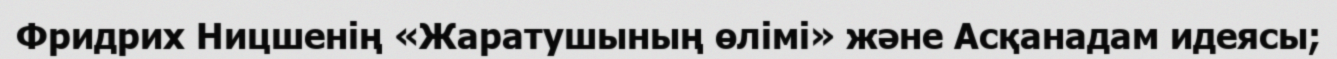
Фридрих Ницшенің «Жаратушының өлімі» және Асқанадам идеясы;